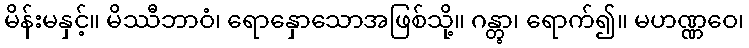
မိန်းမနှင့်။ မိဿီဘာဝံ၊ ရောနှောသောအဖြစ်သို့။ ဂန္တွာ၊ ရောက်၍။ မဟဏ္ဏဝေ၊